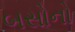
બસોનો